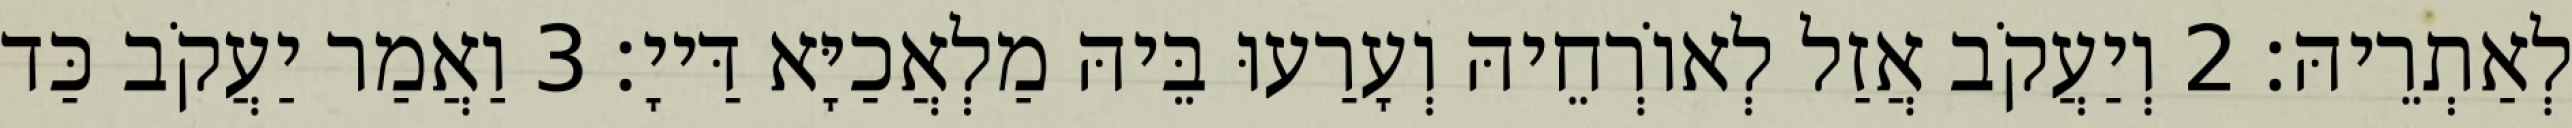
לְאַתְרֵיהּ׃ 2 וְיַעֲקֹב אֲזַל לְאוֹרְחֵיהּ וְעָרַעוּ בֵּיהּ מַלְאֲכַיָּא דַּייָ׃ 3 וַאֲמַר יַעֲקֹב כַּד